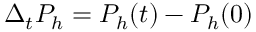
\Delta _ { t } P _ { h } = P _ { h } ( t ) - P _ { h } ( 0 )